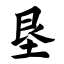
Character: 垦